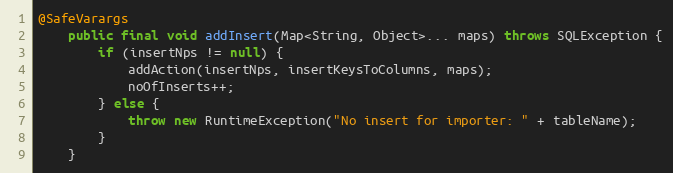
Language: Java
@SafeVarargs
	public final void addInsert(Map<String, Object>... maps) throws SQLException {
		if (insertNps != null) {
			addAction(insertNps, insertKeysToColumns, maps);
			noOfInserts++;
		} else {
			throw new RuntimeException("No insert for importer: " + tableName);
		}
	}